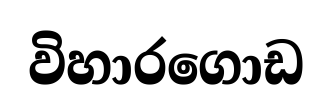
විහාරගොඩ